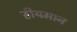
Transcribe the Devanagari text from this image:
हीयमान